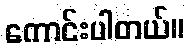
ကောင်းပါတယ်။